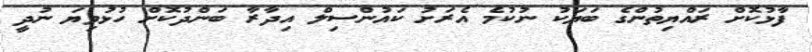
ފާޅުކޮށް ރައްޔިތުންގެ ބަޔަކު ނުކުމެ އެރަށު ކައުންސިލް އިދާރާ ބަންދުކޮށް ހުޅުވިޔަ ނުދީ